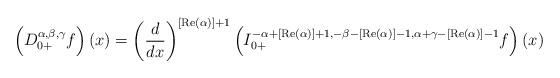
LaTeX: \begin{align*}\left(D_{0+}^{\alpha,\beta,\gamma}f\right)(x)=\left(\frac{d}{dx}\right)^{[\operatorname{Re}(\alpha)]+1}\left(I_{0+}^{-\alpha+[\operatorname{Re}(\alpha)]+1,-\beta-[\operatorname{Re}(\alpha)]-1,\alpha+\gamma-[\operatorname{Re}(\alpha)]-1}f\right)(x)\end{align*}